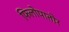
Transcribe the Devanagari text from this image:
फिलोपातोर